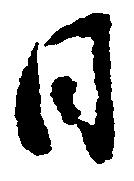
日